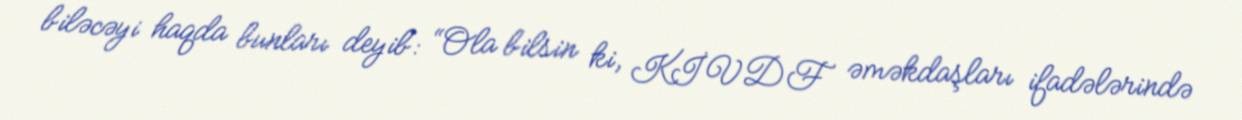
biləcəyi haqda bunları deyib: “Ola bilsin ki, KİVDF əməkdaşları ifadələrində